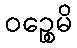
ဝဉ္စေမိ